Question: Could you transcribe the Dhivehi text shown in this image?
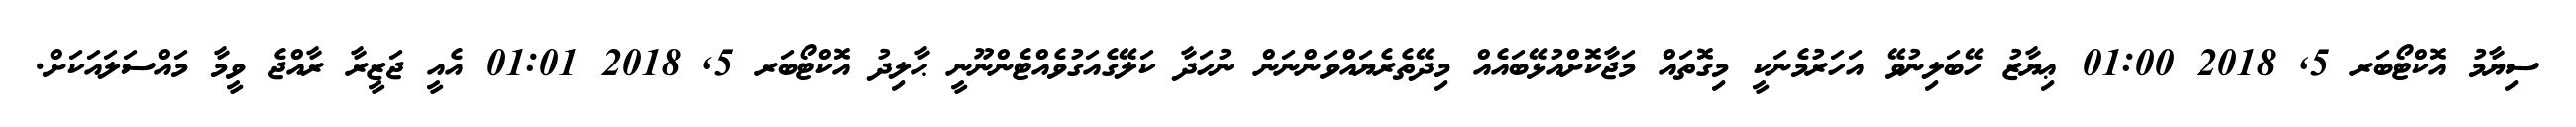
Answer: ސިޔާމު އޮކްޓޯބަރ 5, 2018 01:00 ޢިޔާޒު ހޭބަލިނުވޭ އަހަރުމެނަކީ މިގޮތައް މަޖާކޮށްއުޅޭބައެއް މިދޭތެރެޔައްވަންނަން ނުހަދާ ކަލޭގެއަގުވެއްޓެންނޫނީ ޙާލިދު އޮކްޓޯބަރ 5, 2018 01:01 އެއީ ޖަޒީރާ ރާއްޖެ ވީމާ މައްސަލައަކަށް.